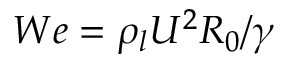
W e = { \rho _ { l } } { U ^ { 2 } } { R _ { 0 } } / \gamma